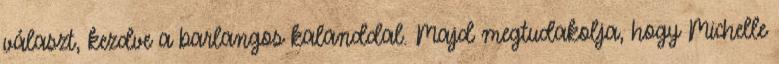
választ, kezdve a barlangos kalanddal. Majd megtudakolja, hogy Michelle